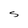
Character: S